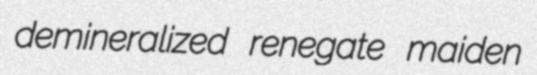
demineralized renegate maiden